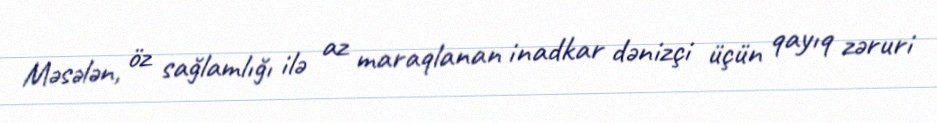
Məsələn, öz sağlamlığı ilə az maraqlanan inadkar dənizçi üçün qayıq zəruri